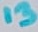
Text: 13